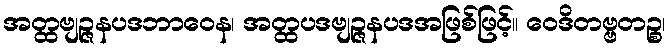
အတ္ထဗျဉ္ဇနပဒဘာဝေန၊ အတ္ထပဒဗျဉ္ဇနပဒအဖြစ်ဖြင့်။ ဝေဒိတဗ္ဗတဉ္စ၊